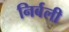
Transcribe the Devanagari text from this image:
निर्बली